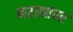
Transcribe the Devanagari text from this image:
नरड्यांवर